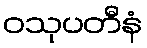
ဝသုပတီနံ